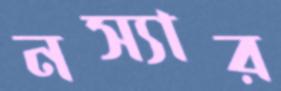
নস্যার